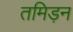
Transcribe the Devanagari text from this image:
तमिड़न